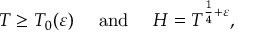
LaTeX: T \geq T _ { 0 } ( \varepsilon ) \quad { \mathrm { ~ a n d ~ } } \quad H = T ^ { { \frac { 1 } { 4 } } + \varepsilon } ,